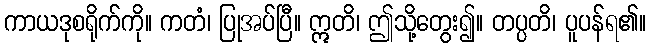
ကာယဒုစရိုက်ကို။ ကတံ၊ ပြုအပ်ပြီ။ ဣတိ၊ ဤသို့တွေး၍။ တပ္ပတိ၊ ပူပန်ရ၏။